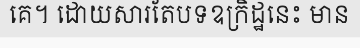
គេ។ ដោយសារតែបទឧក្រិដ្ឋនេះ មាន